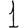
Digit: 1